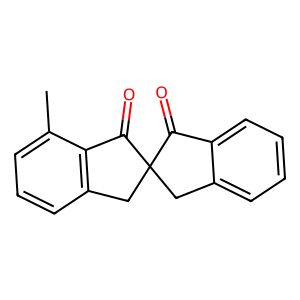
SMILES: Cc1cccc2c1C(=O)C1(Cc3ccccc3C1=O)C2
Inhibits HIV replication: No